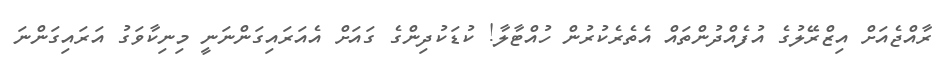
ރާއްޖެއަށް އިޒްރޭލުގެ އުފެއްދުންތައް އެތެރެކުރުން ހުއްޓާލާ! ކުޑަކުދިންގެ ގައަށް އެއަރައިގަންނަނީ މިނިކާވަގު އަރައިގަންނަ